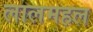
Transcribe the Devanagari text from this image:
लालमहल